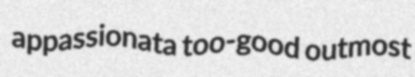
appassionata too-good outmost